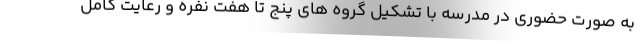
به صورت حضوری در مدرسه با تشکیل گروه های پنج تا هفت نفره و رعایت کامل